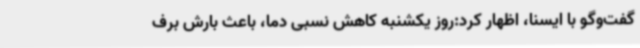
گفت‌وگو با ایسنا، اظهار کرد:روز یکشنبه کاهش نسبی دما، باعث بارش برف